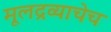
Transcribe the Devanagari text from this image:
मूलद्रव्याचेच